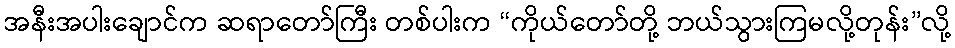
အနီးအပါးချောင်က ဆရာတော်ကြီး တစ်ပါးက “ကိုယ်တော်တို့ ဘယ်သွားကြမလို့တုန်း”လို့